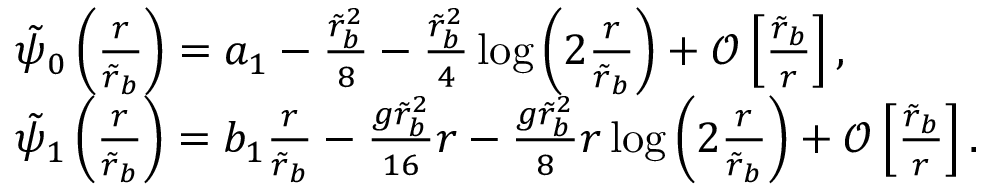
\begin{array} { r l } & { \tilde { \psi } _ { 0 } \left( \frac { r } { \tilde { r } _ { b } } \right) = a _ { 1 } - \frac { \tilde { r } _ { b } ^ { 2 } } { 8 } - \frac { \tilde { r } _ { b } ^ { 2 } } { 4 } \log \left( 2 \frac { r } { \tilde { r } _ { b } } \right) + \mathcal { O } \left[ \frac { \tilde { r } _ { b } } { r } \right] , } \\ & { \tilde { \psi } _ { 1 } \left( \frac { r } { \tilde { r } _ { b } } \right) = b _ { 1 } \frac { r } { \tilde { r } _ { b } } - \frac { g \tilde { r } _ { b } ^ { 2 } } { 1 6 } r - \frac { g \tilde { r } _ { b } ^ { 2 } } { 8 } r \log \left( 2 \frac { r } { \tilde { r } _ { b } } \right) + \mathcal { O } \left[ \frac { \tilde { r } _ { b } } { r } \right] . } \end{array}